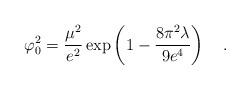
LaTeX: \begin{align*}\varphi_0^2={\mu^2 \over e^2}\exp\left(1 -{8\pi^2 \lambda \over 9e^4}\right)~~~.\end{align*}